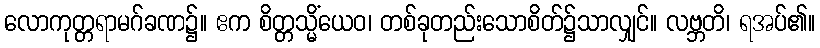
လောကုတ္တရာမဂ်ခဏ၌။ ဧက စိတ္တသ္မိံယေဝ၊ တစ်ခုတည်းသောစိတ်၌သာလျှင်။ လဗ္ဘတိ၊ ရအပ်၏။